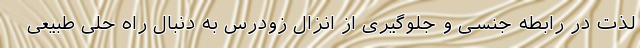
لذت در رابطه جنسی و جلوگیری از انزال زودرس به دنبال راه حلی طبیعی